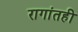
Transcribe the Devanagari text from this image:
रागांतही